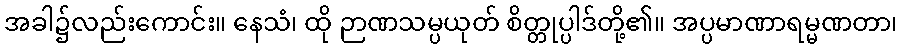
အခါ၌လည်းကောင်း။ နေသံ၊ ထို ဉာဏသမ္ပယုတ် စိတ္တုပ္ပါဒ်တို့၏။ အပ္ပမာဏာရမ္မဏတာ၊